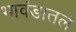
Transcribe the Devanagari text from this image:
भावंडातले